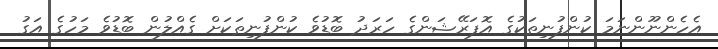
އެހެންނޫންނަމަ ކުންފުނިތަކުގެ އޮޕަރޭޝަންގެ ހަރަދު ބޮޑުވެ ކުންފުނިތަކަށް ގެއްލުން ބޮޑުވެ މަހުގެ އަގު